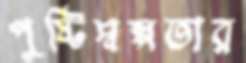
পুষ্টিস্বল্পতার